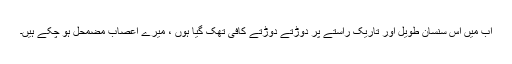
اب میں اس سنسان طویل اور تاریک راستے پر دوڑتے دوڑتے کافی تھک گیا ہوں ، میرے اعصاب مضمحل ہو چکے ہیں۔